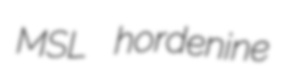
MSL hordenine